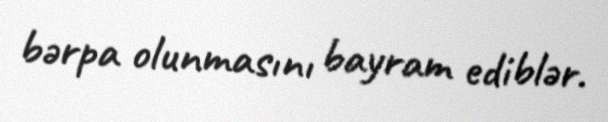
bərpa olunmasını bayram ediblər.